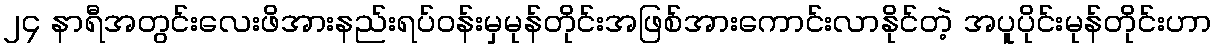
၂၄ နာရီအတွင်းလေးဖိအားနည်းရပ်ဝန်းမှမုန်တိုင်းအဖြစ်အားကောင်းလာနိုင်တဲ့ အပူပိုင်းမုန်တိုင်းဟာ